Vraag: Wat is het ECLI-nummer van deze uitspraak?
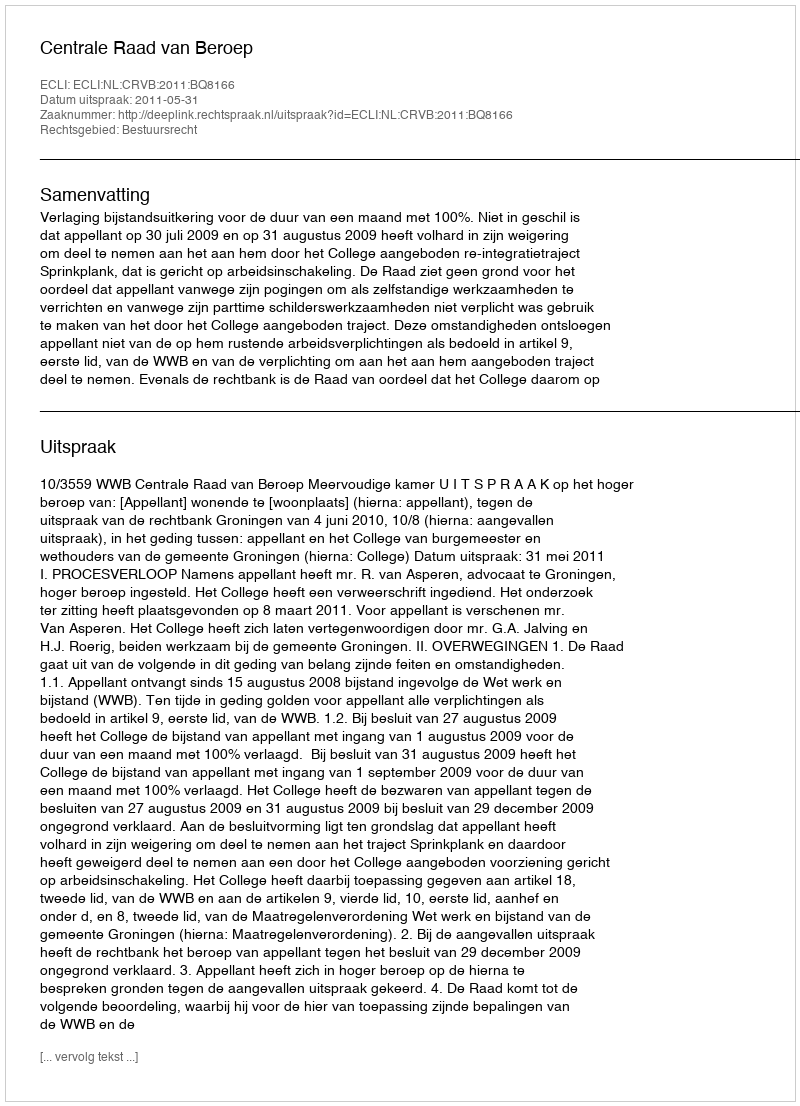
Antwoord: ECLI:NL:CRVB:2011:BQ8166